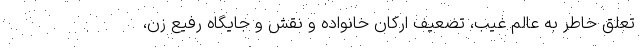
تعلّق خاطر به عالم غیب، تضعیف ارکان خانواده و نقش و جایگاه رفیع زن،